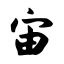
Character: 宙